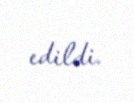
edildi.